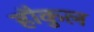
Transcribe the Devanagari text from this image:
हौकुल